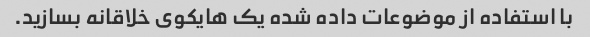
با استفاده از موضوعات داده شده یک هایکوی خلاقانه بسازید.